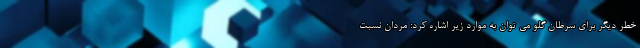
خطر دیگر برای سرطان گلو می توان به موارد زیر اشاره کرد: مردان نسبت